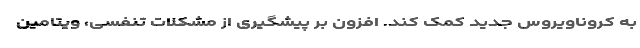
به کروناویروس جدید کمک کند. افزون بر پیشگیری از مشکلات تنفسی، ویتامین